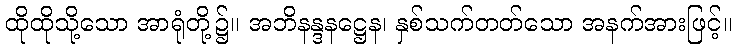
ထိုထိုသို့သော အာရုံတို့၌။ အဘိနန္ဒနဋ္ဌေန၊ နှစ်သက်တတ်သော အနက်အားဖြင့်။